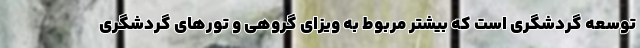
توسعه گردشگری است که بیشتر مربوط به ویزای گروهی و تورهای گردشگری